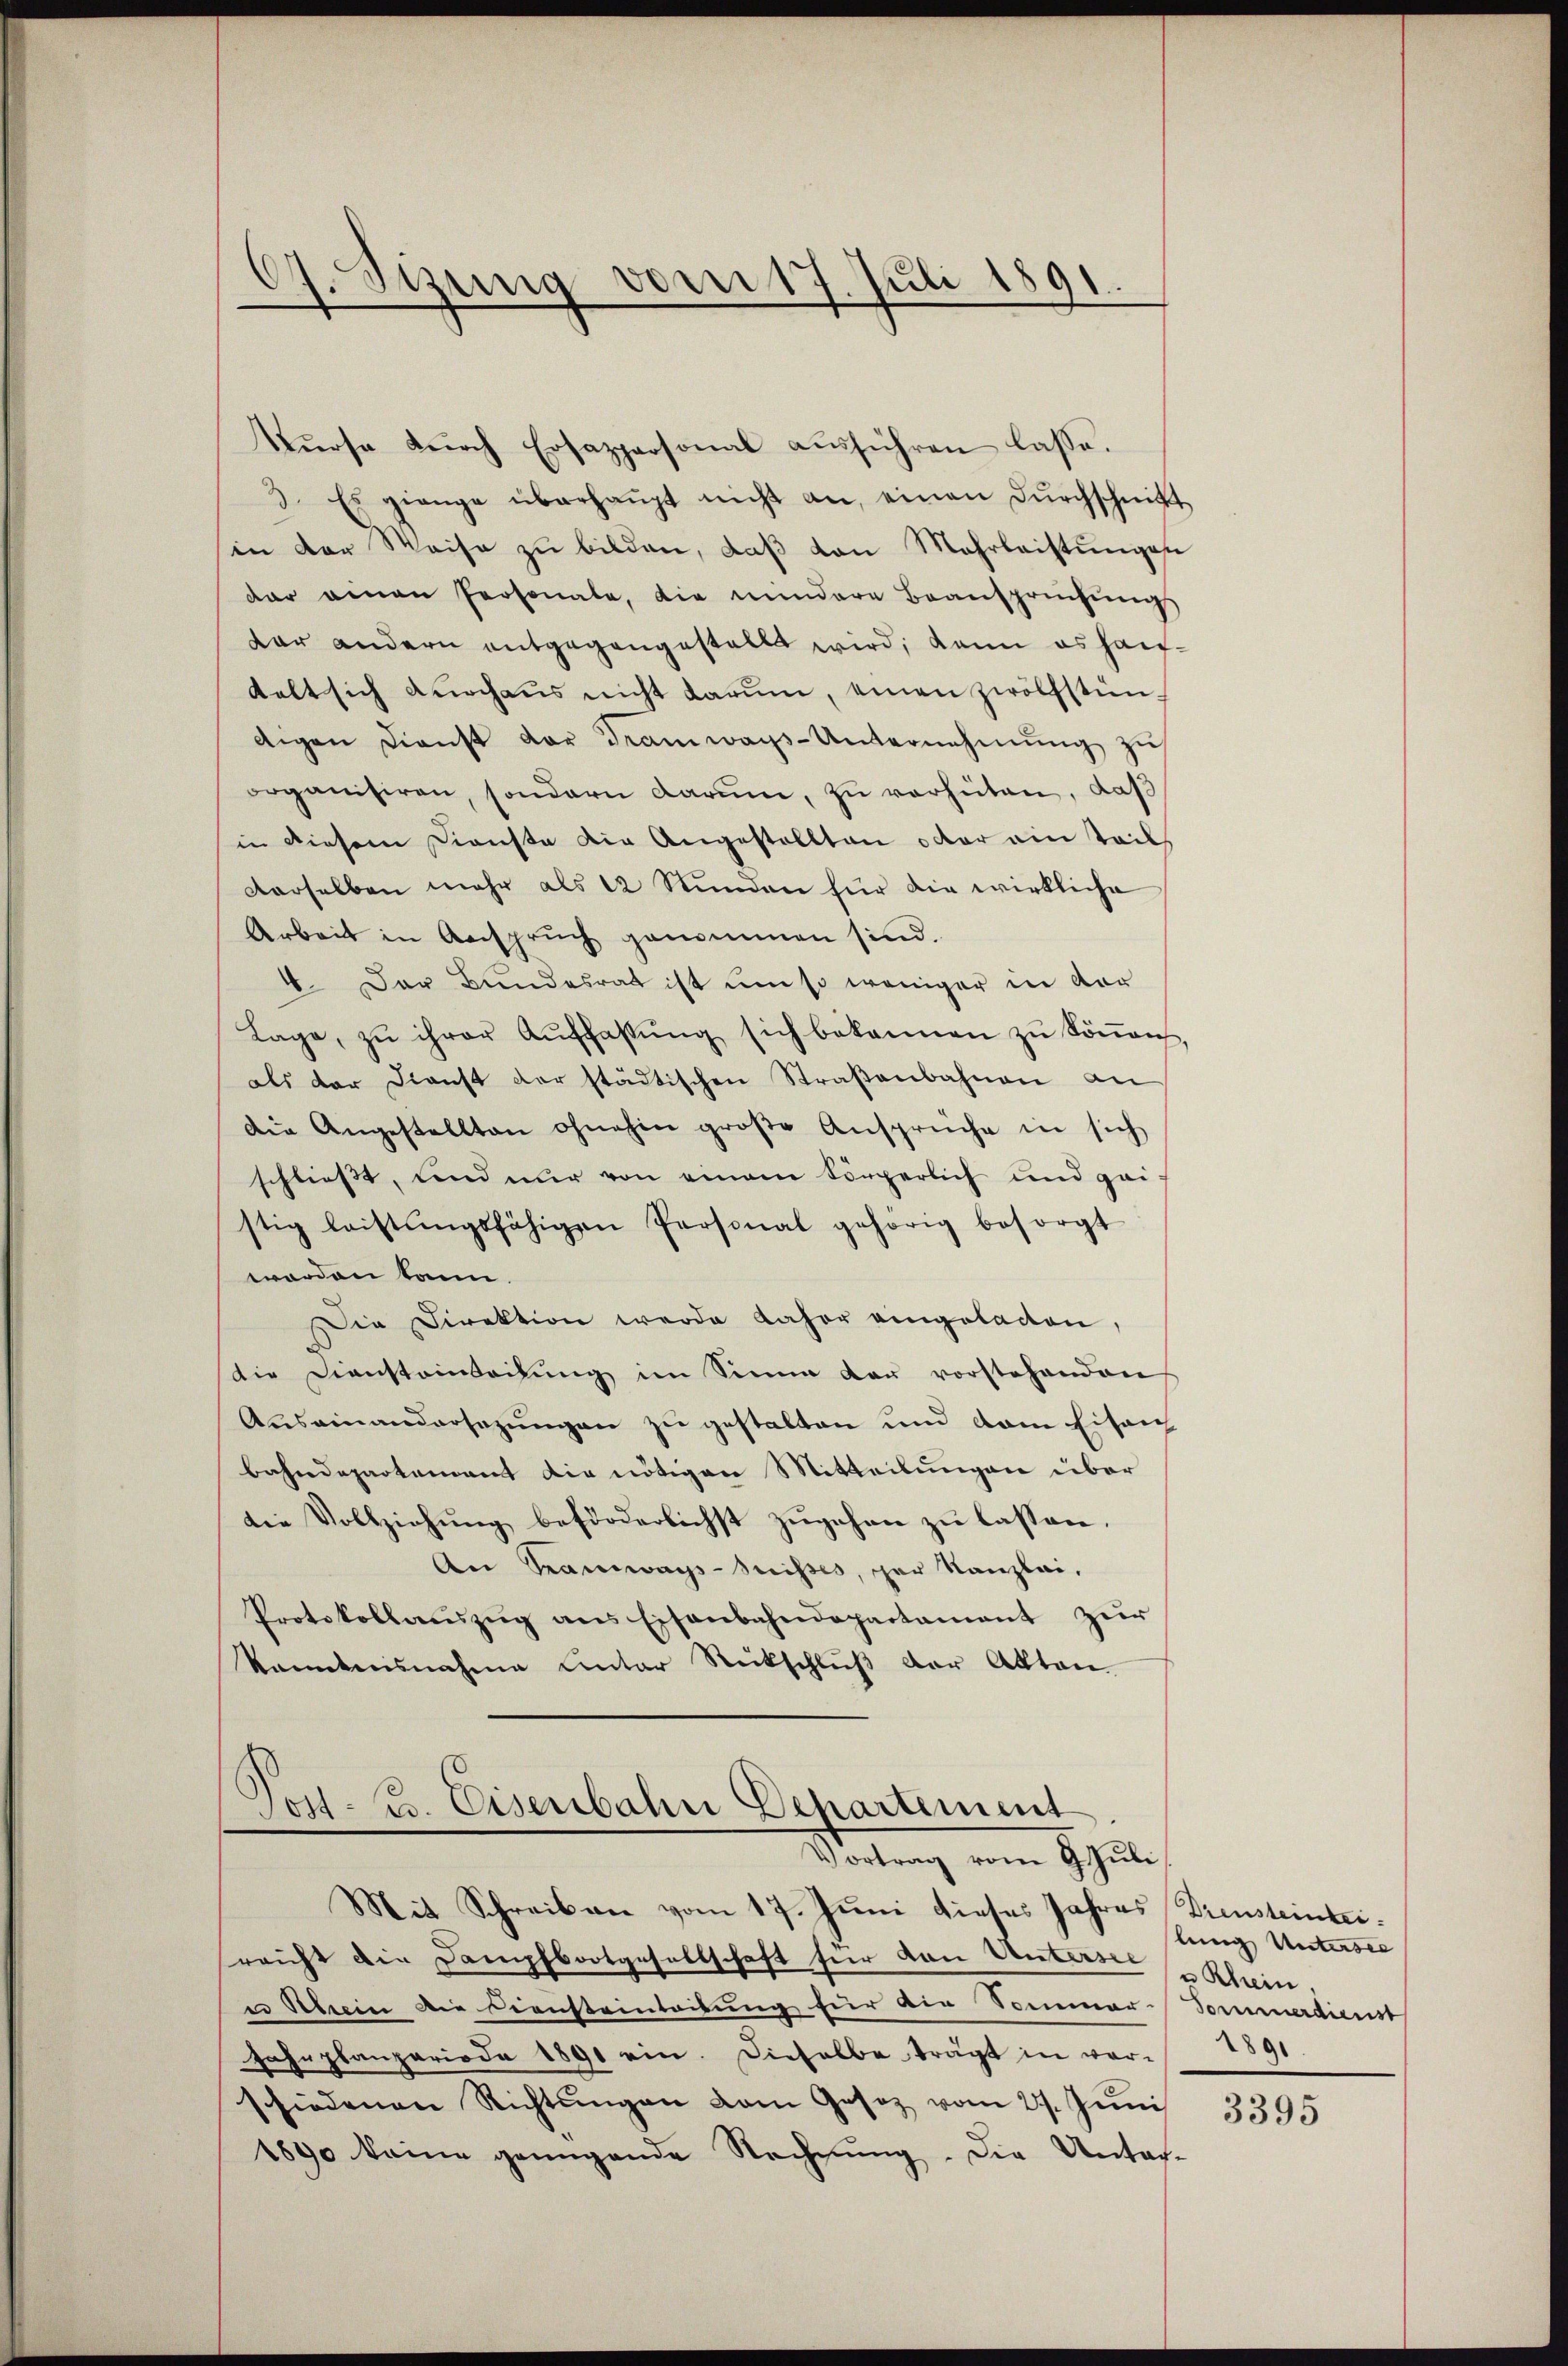
r
Ging vom 17. Juli 1891.
.

Kŭrse dŭrch Ersappersonal aŭsführen lasse.
3. Es gienge überhaupt nicht an, einen Dŭrchschnitt
in der Weise zŭ bilden, daβ von Mehrleistŭngen
dar einen Personale, die mindere Beansprüchŭng
dar andern entgegangestellt wird, kann es haufdelt sich durchaus nicht darum, einen zwölfstündigen Dienst der Tramways-Unternehmung zu
organisiren, sondern darum, zu verhüten, daß
in diesem Dienste die Angestellten oder ein Teil
derselben mehr als 12 Stunden für die wirkliche
Arbeit in Anspruch genommen sind.
4. Der Bundesrat ist um so weniger in der
Lage, zu ihrer Aŭffassŭng sich bekannen zŭ köṅen,
als der Dienst der städtischen Straßenbahnen an
Die Angestellten ohnehin große Ansprüche in sich
schließt, und nur von einem körperlich und geistig leistŭngsfähigen Personal gehörig besorgt
worden kann.
Die Direktion werde daher eingelacten,
d
die Diensteinbachŭng im Sinne dan vorstehenden
Auseinandersezungen zu gestalten und dem Eisen
bahndepartement die nötigen Mitteilungen über
die Vollziehung beförderlichst zugehen zu lassen.
An Tramways-trisses, per Kanzlei,
Protokollaŭszŭg ans Eisenbahndepartament zŭr
kanntnisnahme Unter Rückschluß der Akten.

Jos. Eisenbahn Departement
Vortrag vom 9. Juli

Mit Schreiben vom 17. Juni dieses Jahres Diensteinteireicht die Dampfbootgesellschaft für von Untersee
e Strein Die Diensteintritung für die Sommer-Sommerdienst
Jahrplanzeriode 1891 ein. Dieselbe trägt in vor 1891
schiedenen Richtŭngen vom Gesez vom 27. Juni
1890 keine genügende Rechnŭng. Die Unter-

lenig Untersee
u Rhein

3395